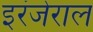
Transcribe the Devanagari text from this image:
इरंजेराल